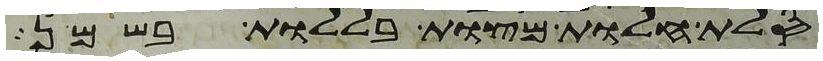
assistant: סלת חלות מצות בללות בשמן